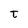
Character: t